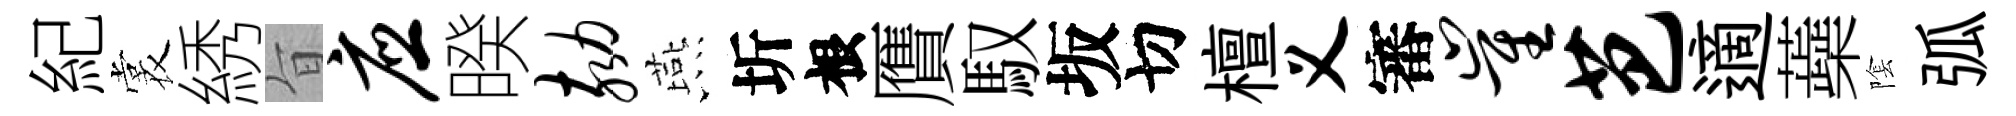
紀裳綉旨应暌劾燕圻根贋馭坂切檀义審崔芭適蘃隂弧